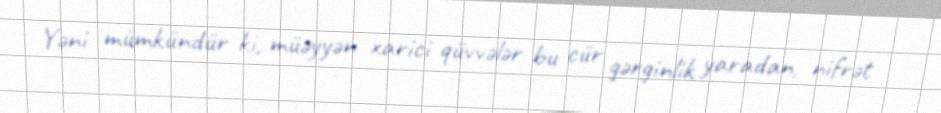
Yəni mümkündür ki, müəyyən xarici qüvvələr bu cür gərginlik yaradan, nifrət